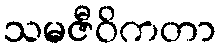
သမဇီဝိကတာ